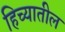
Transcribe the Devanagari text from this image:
हिच्यातील